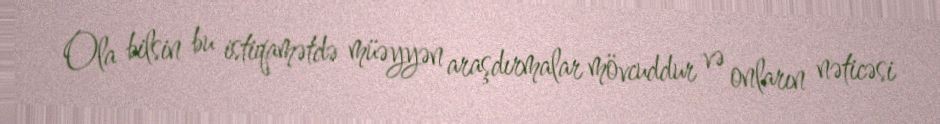
Ola bilsin bu istiqamətdə müəyyən araşdırmalar mövcuddur və onların nəticəsi